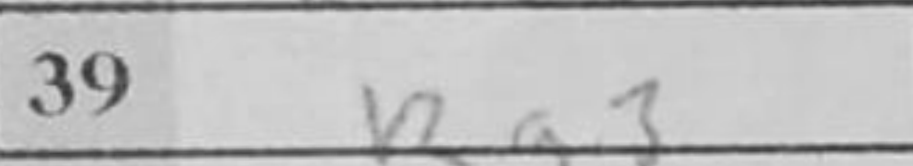
Transcription: Rg3